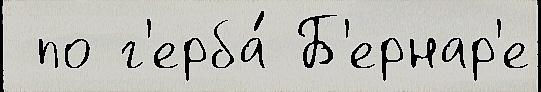
 по г'ерба́ Б'ернар'е